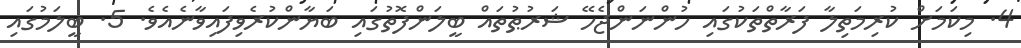
4. މިކަމަށް ކުރިމަތިލާ ފަރާތްތަކުގައި ހުންނަންޖެހޭ ޝަރުޠުތައް ބީލަންފޮތުގައި ބަޔާންކުރެވިފައިވާނެއެވެ. 5. ބީލަމުގައި